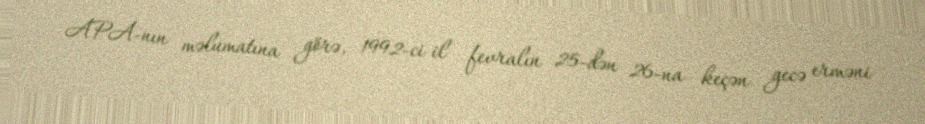
APA-nın məlumatına görə, 1992-ci il fevralın 25-dən 26-na keçən gecə erməni